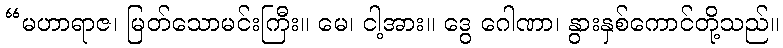
“မဟာရာဇ၊ မြတ်သောမင်းကြီး။ မေ၊ ငါ့အား။ ဒွေ ဂေါဏာ၊ နွားနှစ်ကောင်တို့သည်။